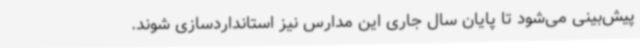
پیش‌بینی می‌شود تا پایان سال جاری این مدارس نیز استانداردسازی شوند.